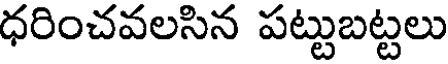
ధరించవలసిన పట్టుబట్టలు